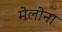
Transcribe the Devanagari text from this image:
मेलोना